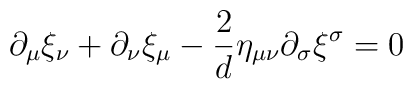
\partial_{\mu}\xi_{\nu}+\partial_{\nu}\xi_{\mu}-\frac{2}{d}\eta_{\mu\nu}\partial_{\sigma}\xi^{\sigma}=0